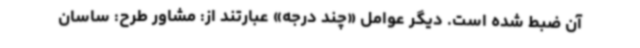
آن ضبط شده است. دیگر عوامل «چند درجه» عبارتند از: مشاور طرح: ساسان